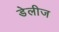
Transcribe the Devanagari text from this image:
डेलीज